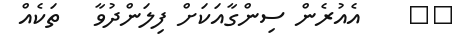
٥١    އެއުރެން ސިންގާއަކަށް ފިލަންދުވާ   ތަކެއް